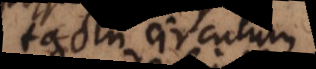
tactu circulum